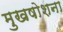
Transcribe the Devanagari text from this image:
मुखषोशना